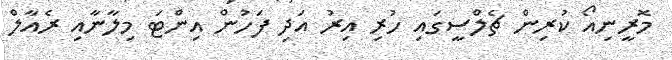
މޮރީނިއޯ ކުރިން ޗެލްސީގައި ހުރި އިރު އަދި ފަހުން އިންޓަ މިލާނާއި ރެއާލް